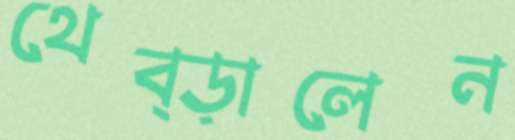
থেব্‌ড়ালেন